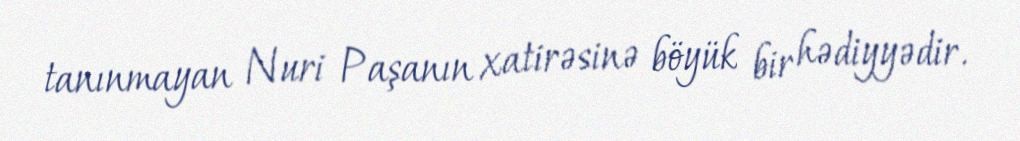
tanınmayan Nuri Paşanın xatirəsinə böyük bir hədiyyədir.